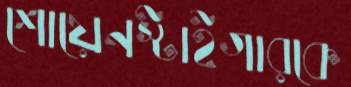
শোয়েনস্টাইগারকে